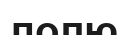
полю